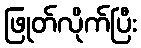
ဖြုတ်လိုက်ပြီး